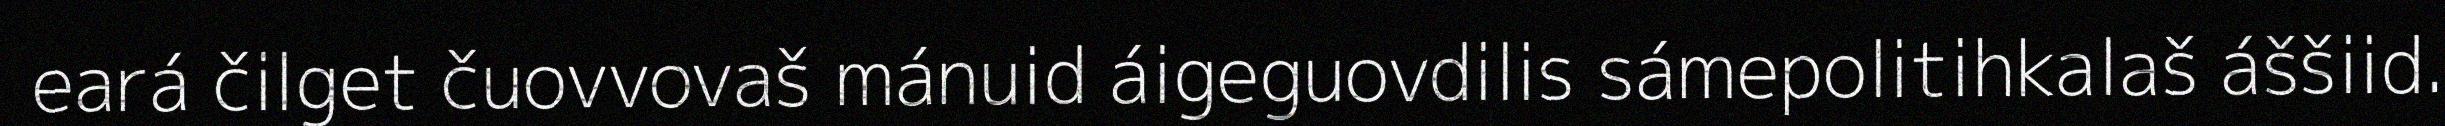
eará čilget čuovvovaš mánuid áigeguovdilis sámepolitihkalaš áššiid.